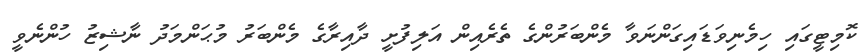
ކޮމިޓީގައި ހިމެނިވަޑައިގަންނަވާ މެންބަރުންގެ ތެރެއިން އަލިފުށީ ދާއިރާގެ މެންބަރު މުޙަންމަދު ނާޝިޒު ހުންނެވީ